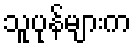
သူပုန်များက